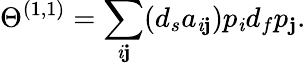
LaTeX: \Theta^{(1,1)}=\sum_{\mathit{i}\mathbf{j}}(d_{s}a_{\mathit{i}\mathbf{j}})p_{\mathit{i}}d_{f}p_{\mathbf{j}}.